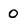
Character: 0